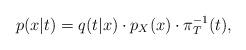
LaTeX: \begin{align*}p(x|t)=q(t|x) \cdot p_X(x) \cdot \pi^{-1}_T(t),\end{align*}